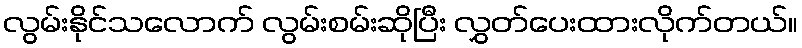
လွမ်းနိုင်သလောက် လွမ်းစမ်းဆိုပြီး လွှတ်ပေးထားလိုက်တယ်။